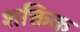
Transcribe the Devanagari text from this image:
शक्तिक